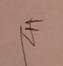
Signature authenticity: genuine